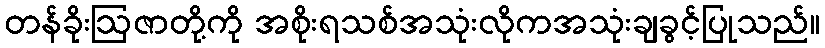
တန်ခိုးဩဇာတို့ကို အစိုးရသစ်အသုံးလိုကအသုံးချခွင့်ပြုသည်။